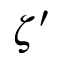
\zeta ^ { \prime }